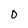
Character: 0